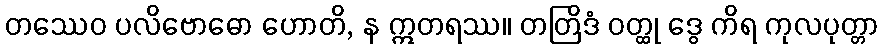
တဿေဝ ပလိဗောဓော ဟောတိ, န ဣတရဿ။ တတြိဒံ ဝတ္ထု ဒွေ ကိရ ကုလပုတ္တာ